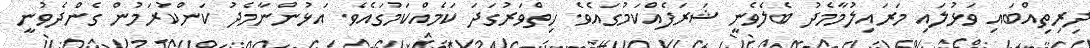
ދިރިތިއްބައި ވަޅުލައި މަރައިލުމާމެދު ބެލެވެނީ ޝަރަފެއްކަމުގައެވެ. ހިތްވަރުގަދަ ކަމެއްކަމުގައެވެ. އަޅުންނާމެދު ކަންކުރަމުން ގެންދެވުނީ